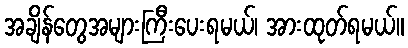
အချိန်တွေအများကြီးပေးရမယ်၊ အားထုတ်ရမယ်။